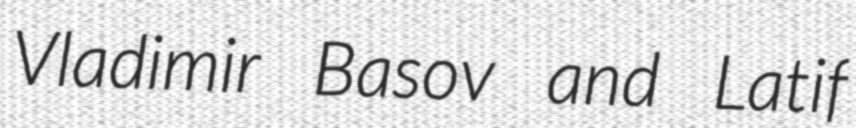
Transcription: Vladimir Basov and Latif